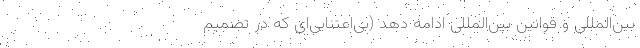
بین‌المللی و قوانین بین‌المللی ادامه دهد (بی‌اعتنایی‌ای که در تصمیم